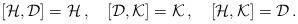
LaTeX: \begin{align*}[{\cal H},{\cal D}]={\cal H}\,, \quad [{\cal D}, {\cal K}]={\cal K}\, , \quad[{\cal H}, {\cal K}]= {\cal D} \, .\end{align*}